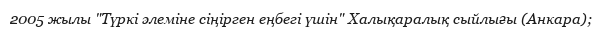
2005 жылы "Түркі әлеміне сіңірген еңбегі үшін" Халықаралық сыйлығы (Анкара);